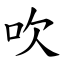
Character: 吹